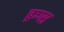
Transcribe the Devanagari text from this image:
ब्रग्ग्स